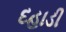
દહાડી